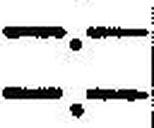
—.—